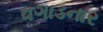
વગાડનાર